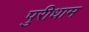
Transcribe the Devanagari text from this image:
पुरीधाम